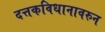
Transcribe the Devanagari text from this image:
दत्तकविधानावरुन